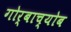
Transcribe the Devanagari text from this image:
गोर्बाच्योब